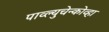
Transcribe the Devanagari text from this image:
पाव्ल्युचेन्कोव्हा